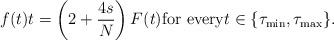
LaTeX: \begin{align*} f(t)t=\left(2+\frac{4s}{N}\right)F(t) \hbox{for every} t \in \lbrace\tau_{\mathrm{min}},\tau_{\mathrm{max}}\rbrace.\end{align*}